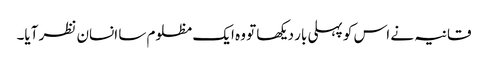
قانیہ نے اس کو پہلی بار دیکھا تو وہ ایک مظلوم سا انسان نظر آیا۔